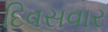
દિવસવાર